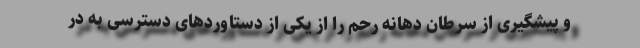
و پیشگیری از سرطان دهانه رحم را از یکی از دستاوردهای دسترسی به در